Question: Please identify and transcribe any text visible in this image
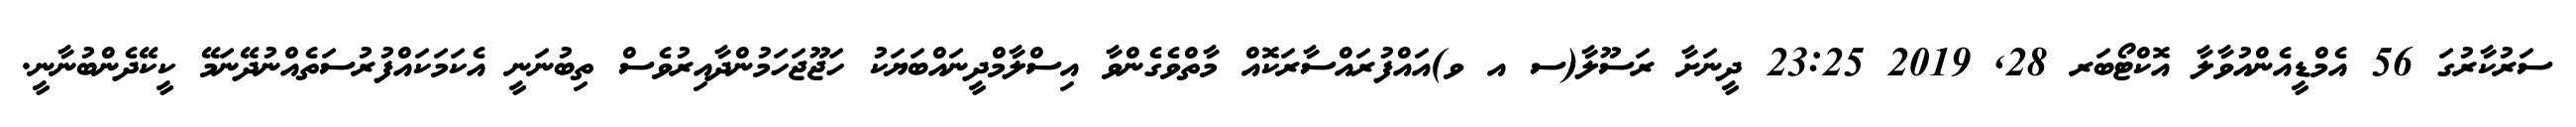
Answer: ސަރުކާރުގަ 56 އެމްޑީއެންއުވާލާ އޮކްޓޯބަރ 28, 2019 23:25 ދީނަށާ ރަސޫލާ(ސ އ ވ)އައްފުރައްސާރަކޮއް މާތްވެގެންވާ އިސްލާމްދީނައްބަޔަކު ހަޖޫޖަހަމުންދާއިރުވެސް ތިބުނަނީ އެކަމަކައްފުރުސަތެއްނުދޭނަމޭ ކީކޭދެންބުނާނީ.